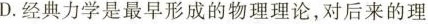
D.经典力学是最早形成的物理理论，对后来的理